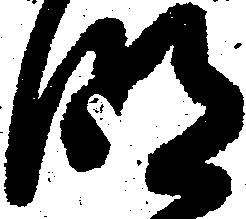
明